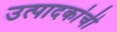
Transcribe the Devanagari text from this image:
उत्पादकांची